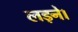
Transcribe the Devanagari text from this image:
लड़ने।